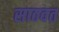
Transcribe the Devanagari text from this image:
साठवत